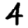
Digit: 4